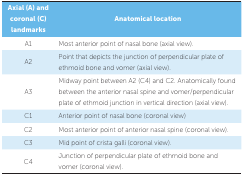
<table><thead><tr><td><b>Axial (A) and coronal (C) landmarks</b></td><td><b>Anatomical location</b></td></tr></thead><tbody><tr><td>A1</td><td>Most anterior point of nasal bone (axial view).</td></tr><tr><td>A2</td><td>Point that depicts the junction of perpendicular plate of ethmoid bone and vomer (axial view).</td></tr><tr><td>A3</td><td>Midway point between A2 (C4) and C2. Anatomically found between the anterior nasal spine and vomer/perpendicular plate of ethmoid junction in vertical direction (axial view).</td></tr><tr><td>C1</td><td>Anterior point of nasal bone (coronal view)</td></tr><tr><td>C2</td><td>Most anterior point of anterior nasal spine (coronal view).</td></tr><tr><td>C3</td><td>Mid point of crista galli (coronal view).</td></tr><tr><td>C4</td><td>Junction of perpendicular plate of ethmoid bone and vomer (coronal view).</td></tr></tbody></table>